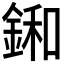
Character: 𨨛